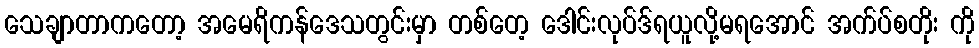
သေချာတာကတော့ အမေရိကန်ဒေသတွင်းမှာ တစ်တေ့ ဒေါင်းလုပ်ဒ်ရယူလို့မရအောင် အက်ပ်စတိုး ကို